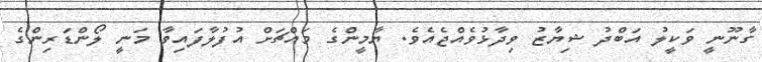
ގާނޫނީ ވަކީލު އަބްދު ޝިޔާޒު ވިދާޅުވެއްޖެއެވެ. ޔާމީންގެ މައްޗަށް އުފުލާފައިވާ މަނީ ލޯންޑަރިންގެ